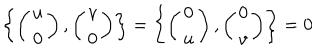
LaTeX: \left\{ \left( \begin{array} { c } { { u } } \\ { { 0 } } \\ \end{array} \right) , \left( \begin{array} { c } { { v } } \\ { { 0 } } \\ \end{array} \right) \right\} = \left\{ \left( \begin{array} { c } { { 0 } } \\ { { u } } \\ \end{array} \right) , \left( \begin{array} { c } { { 0 } } \\ { { v } } \\ \end{array} \right) \right\} = 0